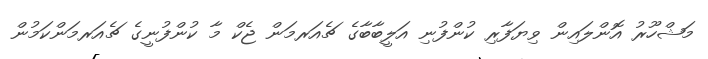
މަޝްހޫރު އޮންލައިން ވިޔަފާރި ކުންފުނި އަލީބާބާގެ ޗެއަރމަން ޖެކް މާ ކުންފުނީގެ ޗެއަރމަންކަމުން